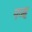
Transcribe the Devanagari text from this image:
पञ्ह